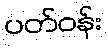
ပတ်ဝန်း